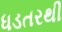
ધડતરથી